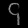
Digit: ၄